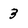
Character: 3